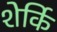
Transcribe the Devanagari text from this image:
शेर्कि